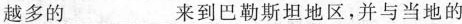
越多的\underline来到巴勒斯坦地区，并与当地的